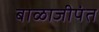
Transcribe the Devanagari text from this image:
बाळाजीपंत